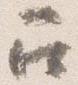
召